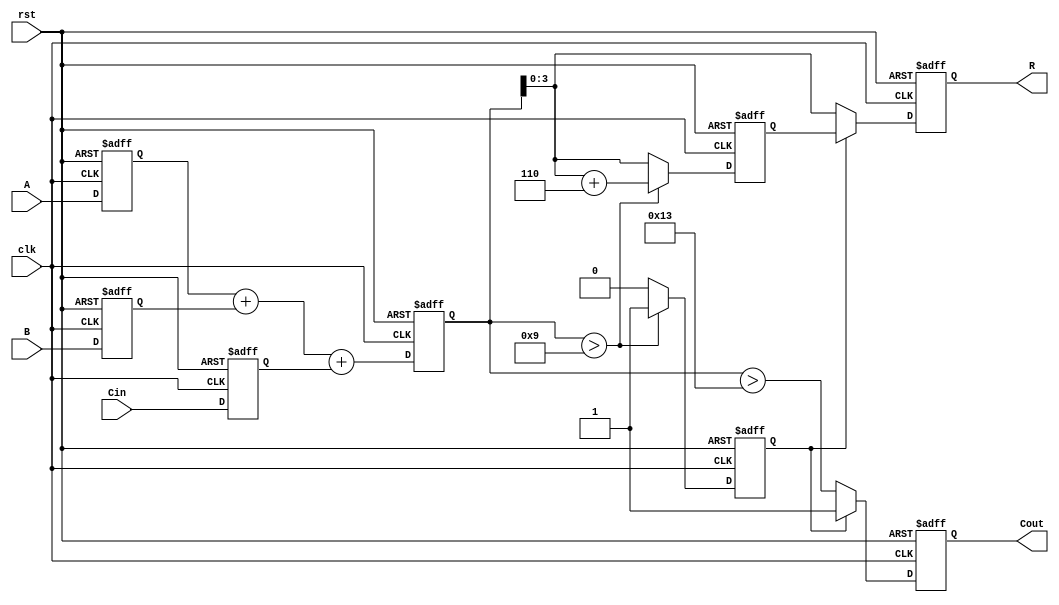
module bcd_pipelined_adder (
    input wire clk,
    input wire rst,
    input wire [3:0] A,
    input wire [3:0] B,
    input wire Cin,
    output reg [3:0] R,
    output reg Cout
);

    // Intermediate signals
    reg [4:0] S;        // 5-bit sum of A + B + Cin
    reg [4:0] corrected_S; // Corrected sum (if needed)
    reg correction_needed;  // Flag indicating if correction is needed
    reg [3:0] A_reg, B_reg; // Registers for pipelining
    reg Cin_reg;           // Registered carry input

    // Stage 1: Input Stage (register inputs)
    always @(posedge clk or posedge rst) begin
        if (rst) begin
            A_reg <= 4'b0000;
            B_reg <= 4'b0000;
            Cin_reg <= 1'b0;
        end else begin
            A_reg <= A;
            B_reg <= B;
            Cin_reg <= Cin;
        end
    end

    // Stage 2: Adder Stage (compute sum)
    always @(posedge clk or posedge rst) begin
        if (rst) begin
            S <= 5'b00000;
        end else begin
            S <= A_reg + B_reg + Cin_reg;
        end
    end

    // Stage 3: BCD Correction Logic
    always @(posedge clk or posedge rst) begin
        if (rst) begin
            correction_needed <= 1'b0;
            corrected_S <= 5'b00000;
        end else begin
            if (S > 5'b01001) begin // If S > 9
                correction_needed <= 1'b1;
                corrected_S <= S + 5'b00110; // Add 6 to the sum
            end else begin
                correction_needed <= 1'b0;
                corrected_S <= S;
            end
        end
    end

    // Stage 4: Output Stage
    always @(posedge clk or posedge rst) begin
        if (rst) begin
            R <= 4'b0000;
            Cout <= 1'b0;
        end else begin
            R <= correction_needed ? corrected_S[3:0] : S[3:0];
            Cout <= correction_needed ? 1'b1 : (S > 5'b10011); // Cout if S > 19 (99 in BCD)
        end
    end

endmodule